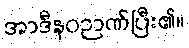
အာဒီနဝဉာဏ်ပြီး၏။